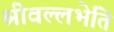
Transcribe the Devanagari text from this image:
श्रीवल्लभेति